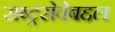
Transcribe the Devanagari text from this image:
राष्ट्रसेवेबद्दल